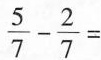
\frac{5}{7}- \frac{2}{7}=